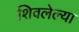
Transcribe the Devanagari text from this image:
शिवलेल्या